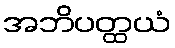
အဘိပတ္ထယံ